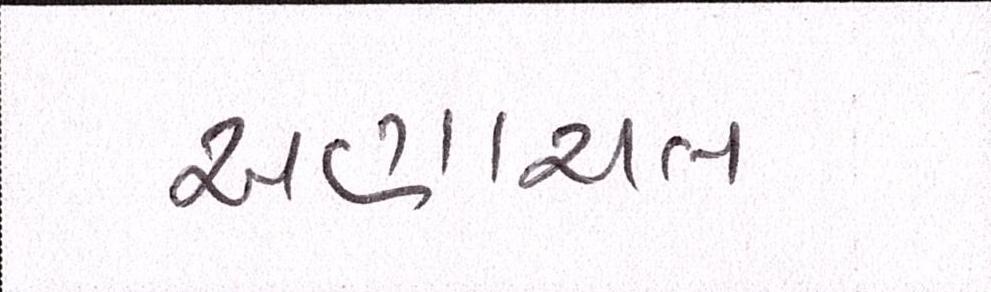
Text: અણાચલ